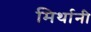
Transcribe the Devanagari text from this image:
मिर्थानी